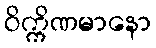
ဝိက္ကိဏမာနော